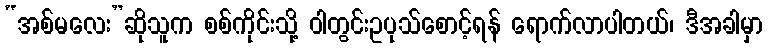
“အစ်မလေး”ဆိုသူက စစ်ကိုင်းသို့ ဝါတွင်းဥပုသ်စောင့်ရန် ရောက်လာပါတယ်၊ ဒီအခါမှာ